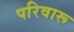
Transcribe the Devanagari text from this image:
परिवारू